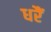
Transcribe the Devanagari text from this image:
धरैं